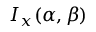
I _ { x } ( \alpha , \beta )